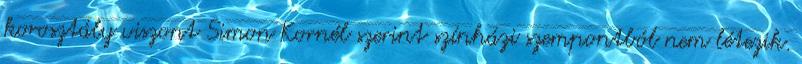
korosztály viszont Simon Kornél szerint színházi szempontból nem létezik.